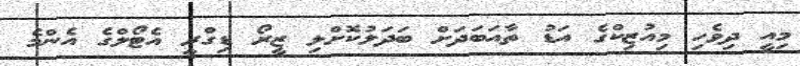
މިއީ ދިވެހި މިއުޒިކްގެ އަޑު ތާއަބަދަށް ބަދަލުކޮށްލި ޒީރޯ ޑިގްރީ އެޓޯލްގެ އެންމެ